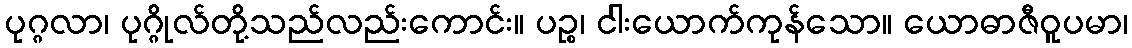
ပုဂ္ဂလာ၊ ပုဂ္ဂိုလ်တို့သည်လည်းကောင်း။ ပဉ္စ၊ ငါးယောက်ကုန်သော။ ယောဓာဇီဝူပမာ၊